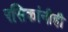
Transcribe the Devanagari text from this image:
रसिकांनीही